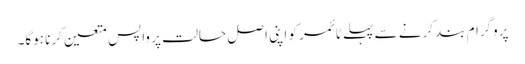
پروگرام بند کرنے سے پہلے ٹائمر کو اپنی اصل حالت پر واپس متعین کرنا ہوگا۔